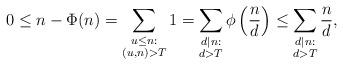
LaTeX: \begin{align*}0 \le n - \Phi(n) = \sum_{\substack{u \le n:\\ (u,n) > T}}1 =\sum_{\substack{d \mid n: \\ d > T}} \phi\left(\frac{n}{d}\right)\le \sum_{\substack{d \mid n: \\ d > T}} \frac n d,\end{align*}